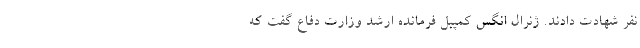
نفر شهادت دادند. ژنرال انگس کمپبل فرمانده ارشد وزارت دفاع گفت که